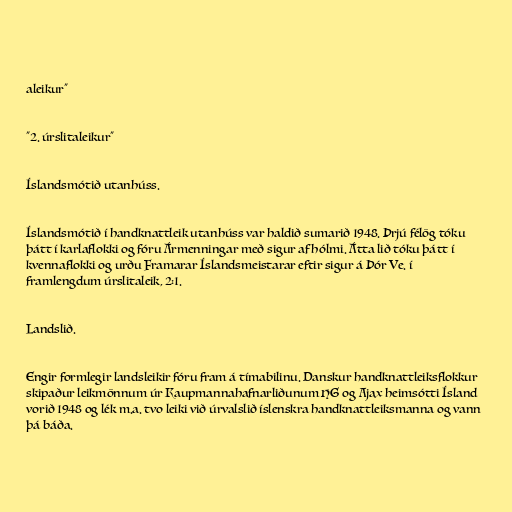
aleikur"

"2. úrslitaleikur"

Íslandsmótið utanhúss.

Íslandsmótið í handknattleik utanhúss var haldið sumarið 1948. Þrjú félög tóku
þátt í karlaflokki og fóru Ármenningar með sigur af hólmi. Átta lið tóku þátt í
kvennaflokki og urðu Framarar Íslandsmeistarar eftir sigur á Þór Ve. í
framlengdum úrslitaleik, 2:1.

Landslið.

Engir formlegir landsleikir fóru fram á tímabilinu. Danskur handknattleiksflokkur
skipaður leikmönnum úr Kaupmannahafnarliðunum HG og Ajax heimsótti Ísland
vorið 1948 og lék m.a. tvo leiki við úrvalslið íslenskra handknattleiksmanna og vann
þá báða.